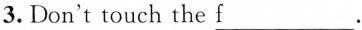
3. Don't touch the f___？